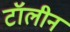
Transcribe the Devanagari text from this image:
टॉलीन